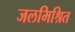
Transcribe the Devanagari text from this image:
जलमिश्रित